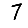
Digit: 7